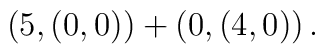
\left( 5,\left( 0,0\right) \right) +\left( 0,\left( 4,0\right) \right) .